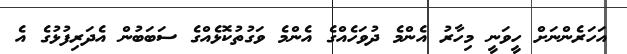
އަހަރެންނަށް ހީވަނީ މިހާރު އެންމެ ދުވަހެއްގެ އެންމެ ވަގުތުކޮޅެއްގެ ސަބަބުން އެދަރިފުޅުގެ އެ